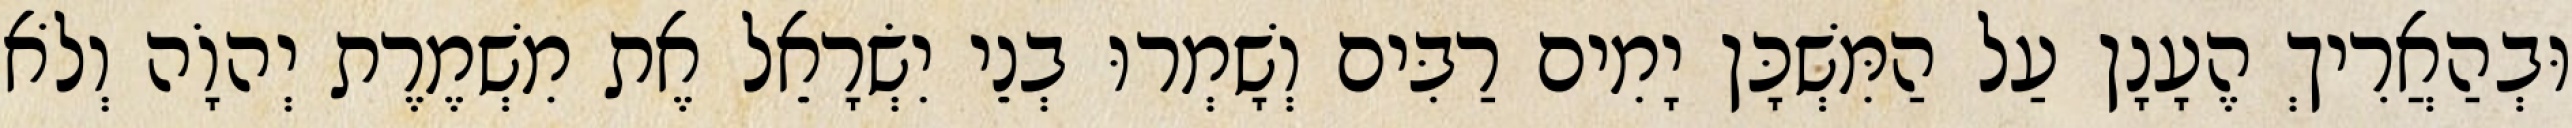
וּבְהַאֲרִיךְ הֶעָנָן עַל הַמִּשְׁכָּן יָמִים רַבִּים וְשָׁמְרוּ בְנֵי יִשְׂרָאֵל אֶת מִשְׁמֶרֶת יְהוָֹה וְלֹא